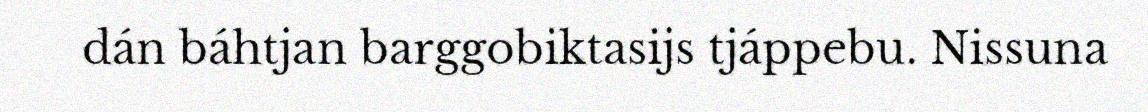
dán báhtjan barggobiktasijs tjáppebu. Nissuna